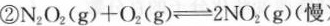
②$$N _ { 2 } O _ { 2 } ( g ) + O _ { 2 } ( g ) \rightleftharpoons 2 N O _ { 2 } ( g ) ( 慢 )$$